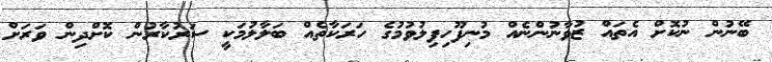
ބޭނުން ނުކޮށް އެތައް ޒުވާނުންނެއް މުނިފޫހިފިލުވުމުގެ ހަރަކާތެއް ބަލާލުމަކީ ސަރުކާރުން ކޮށްދިން ވަރަށް